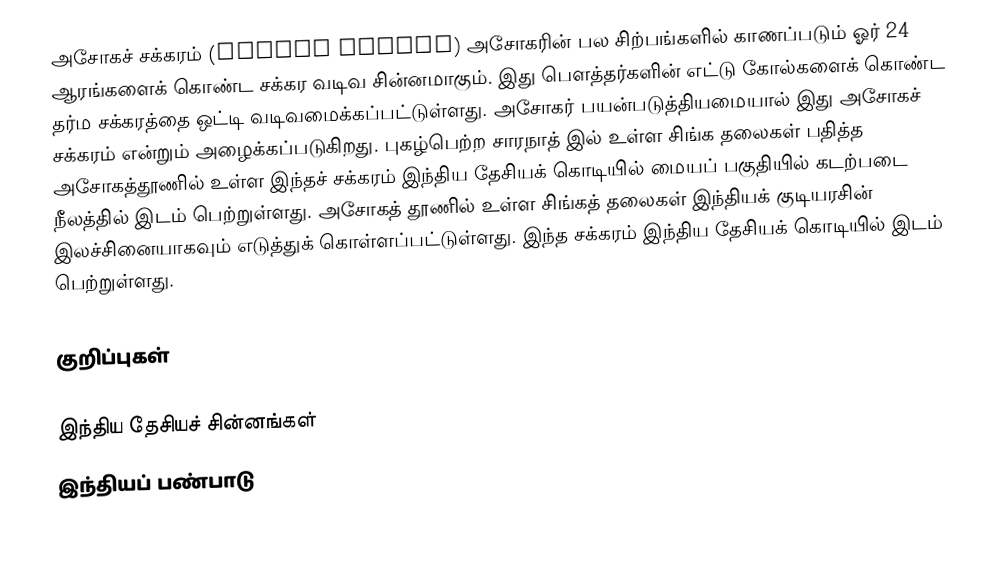
அசோகச் சக்கரம் (Ashoka Chakra) அசோகரின் பல சிற்பங்களில் காணப்படும் ஓர் 24 ஆரங்களைக் கொண்ட சக்கர வடிவ சின்னமாகும். இது பௌத்தர்களின் எட்டு கோல்களைக் கொண்ட தர்ம சக்கரத்தை ஒட்டி வடிவமைக்கப்பட்டுள்ளது. அசோகர் பயன்படுத்தியமையால் இது அசோகச் சக்கரம் என்றும் அழைக்கப்படுகிறது. புகழ்பெற்ற சாரநாத் இல் உள்ள சிங்க தலைகள் பதித்த அசோகத்தூணில் உள்ள இந்தச் சக்கரம் இந்திய தேசியக் கொடியில் மையப் பகுதியில் கடற்படை நீலத்தில் இடம் பெற்றுள்ளது. அசோகத் தூணில் உள்ள சிங்கத் தலைகள் இந்தியக் குடியரசின் இலச்சினையாகவும் எடுத்துக் கொள்ளப்பட்டுள்ளது. இந்த சக்கரம் இந்திய தேசியக் கொடியில் இடம் பெற்றுள்ளது.

குறிப்புகள்

இந்திய தேசியச் சின்னங்கள்
இந்தியப் பண்பாடு